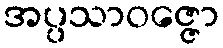
အပ္ပသာဝဇ္ဇော